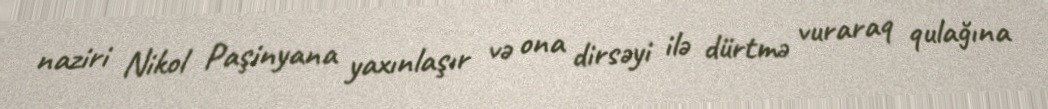
naziri Nikol Paşinyana yaxınlaşır və ona dirsəyi ilə dürtmə vuraraq qulağına